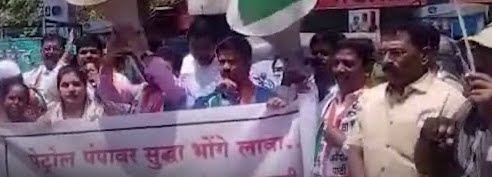
Language: marathi
Transcription: पेट्रोल पंपावर भोंगे सुद्धा लावा.